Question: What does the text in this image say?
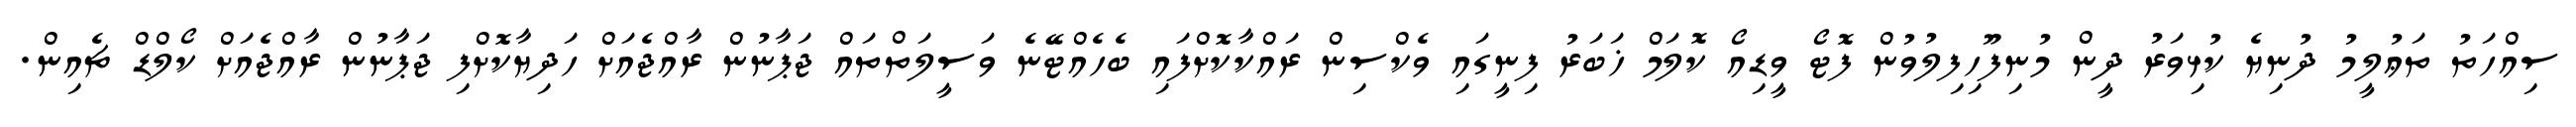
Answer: ސިއްހަތު ތަޢުލީމު ދުނިޔެ ކުޅިވަރު ދީން މުނިފޫހިފިލުވުން ފޮޓޯ ވީޑިއޯ ކޮލަމް ޚަބަރު ފިނީގައި ވެކްސިން ރައްކާކޮށްފައި ބެހެއްޓޭނެ ވަސީލަތްތައް ޖަޕާނުން ރާއްޖެއަށް ހަދިޔާކޮށްފި ޖަޕާނުން ރާއްޖެއަށް ކޯލްޑް ޗެއިން.